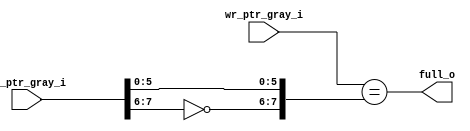
module wr_full #(
  parameter ADDR_WIDTH = 7
)(
  input  wire  [ADDR_WIDTH:0] wr_ptr_gray_i, 
  input  wire  [ADDR_WIDTH:0] rd_ptr_gray_i,

  output wire                 full_o 
);

assign full_o = (wr_ptr_gray_i == {~rd_ptr_gray_i[ADDR_WIDTH:ADDR_WIDTH-1],rd_ptr_gray_i[ADDR_WIDTH-2:0]});

endmodule